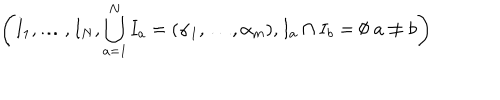
\left( I _ { 1 } , \ldots , I _ { N } , \bigcup _ { a = 1 } ^ { N } I _ { a } = ( \alpha _ { 1 } , \ldots , \alpha _ { m } ) , I _ { a } \cap I _ { b } = \emptyset \; a \neq b \right)